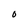
Character: O